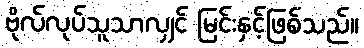
ဗိုလ်လုပ်သူသာလျှင် မြင်းနှင့်ဖြစ်သည်။